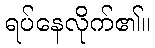
ရပ်နေလိုက်၏။